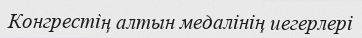
Конгрестің алтын медалінің иегерлері